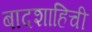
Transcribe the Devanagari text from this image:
बादशाहिची